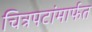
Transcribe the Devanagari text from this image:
चित्रपटांमार्फत